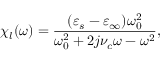
\chi _ { l } ( \omega ) = \frac { ( \varepsilon _ { s } - \varepsilon _ { \infty } ) \omega _ { 0 } ^ { 2 } } { \omega _ { 0 } ^ { 2 } + 2 j \nu _ { c } \omega - \omega ^ { 2 } } ,